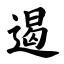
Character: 遏